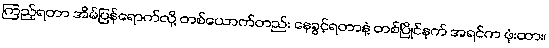
ကြည့်ရတာ အိမ်ပြန်ရောက်လို့ တစ်ယောက်တည်း နေခွင့်ရတာနဲ့ တစ်ပြိုင်နက် အရင်က ဖုံးထား၊